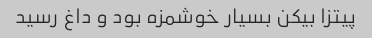
پیتزا بیکن بسیار خوشمزه بود و داغ رسید